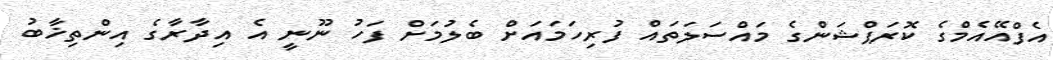
އެފްއޭއެމްގެ ކޮރަޕްޝަންގެ މައްސަލަތައް ފުރިހަމައަށް ބެލުމަށް ފަހު ނޫނީ އެ އިދާރާގެ އިންތިޚާބު